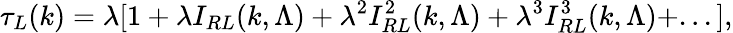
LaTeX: \tau_{L}(k)=\lambda[1+\lambda I_{RL}(k,\Lambda)+\lambda^{2}I_{RL}^{2}(k,\Lambda)+\lambda^{3}I_{RL}^{3}(k,\Lambda)+...],